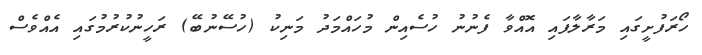
ހޯރަފުށީގައި މަރާލާފައި އޮއްވާ ފެނުނު ހުސެއިން މުހައްމަދު މަނިކު (ހުސޭނުބޭ) ރަހީނުކުރުމުގައި އެއްވެސް